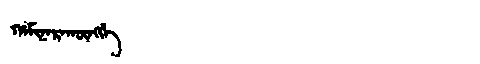
Manchu: ᡥᠠᠮᡳᠨᠠᡵᠠᡴᡡᠩᡤᡝ
Romanization: HAMINARAKŪNGGE